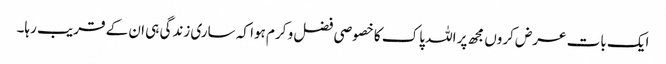
ایک بات عرض کروں مجھ پر اللہ پاک کا خصوصی فضل و کرم ہوا کہ ساری زندگی ہی ان کے قریب رہا۔